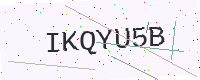
Text: IKQYU5B